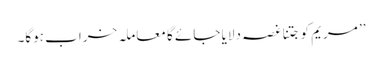
’’ مریم کو جتنا غصہ دلایا جائے گا معاملہ خراب ہوگا۔